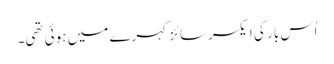
اُس بار کی ایکسرسائز کہرے میں ہوئی تھی۔